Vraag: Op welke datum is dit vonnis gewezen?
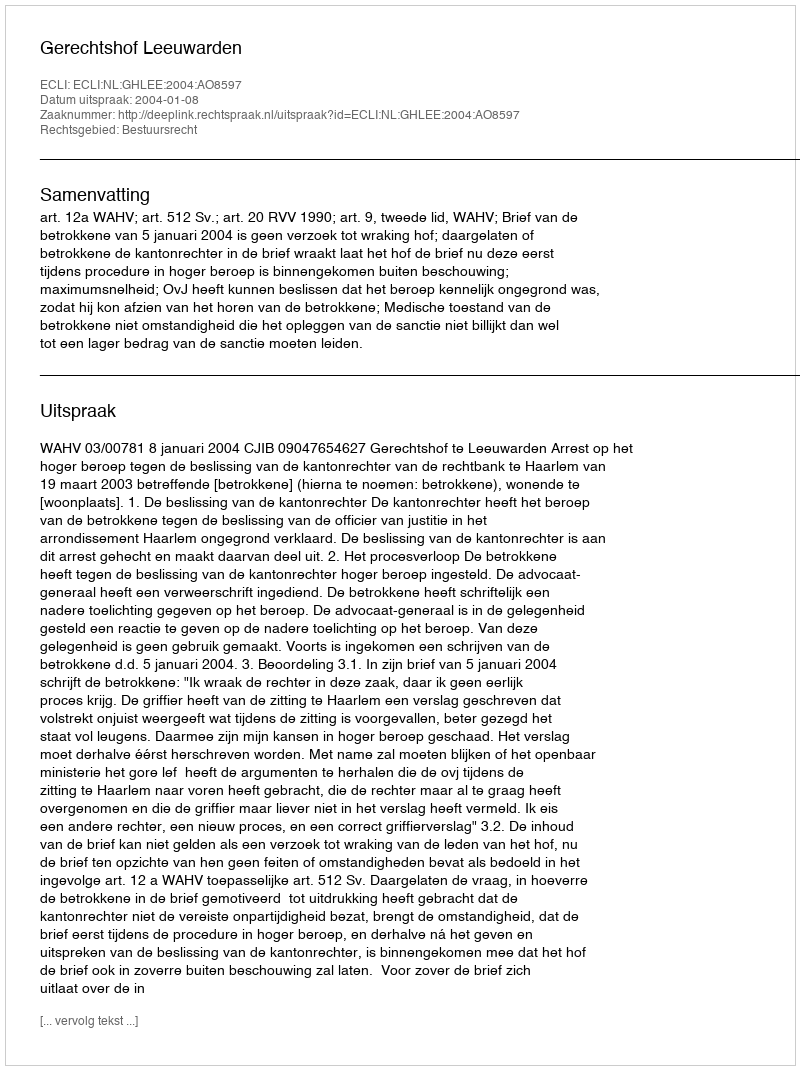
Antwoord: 2004-01-08